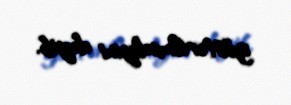
göstərilmədiyini deyib.